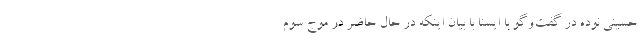
حسینی نوده در گفت‌وگو با ایسنا با بیان اینکه در حال حاضر در موج سوم